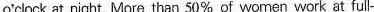
o'clock at night. More than 50% of women work at full-